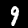
Label: 9